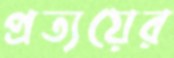
প্রত্যয়ের